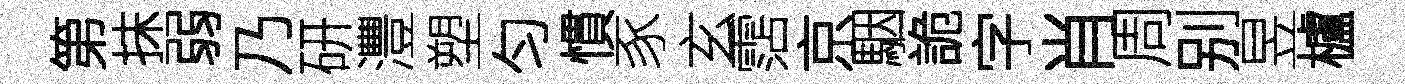
第抹弱乃研灃塑匀慣豕玄霑京駰詭字肖周别昱櫨